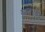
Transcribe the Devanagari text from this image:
पायथ्या